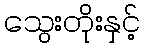
သွေးတိုးနှင့်